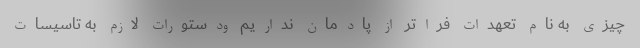
چیزی به نام تعهدات فراتر از پادمان نداریم ودستورات لازم به تاسیسات